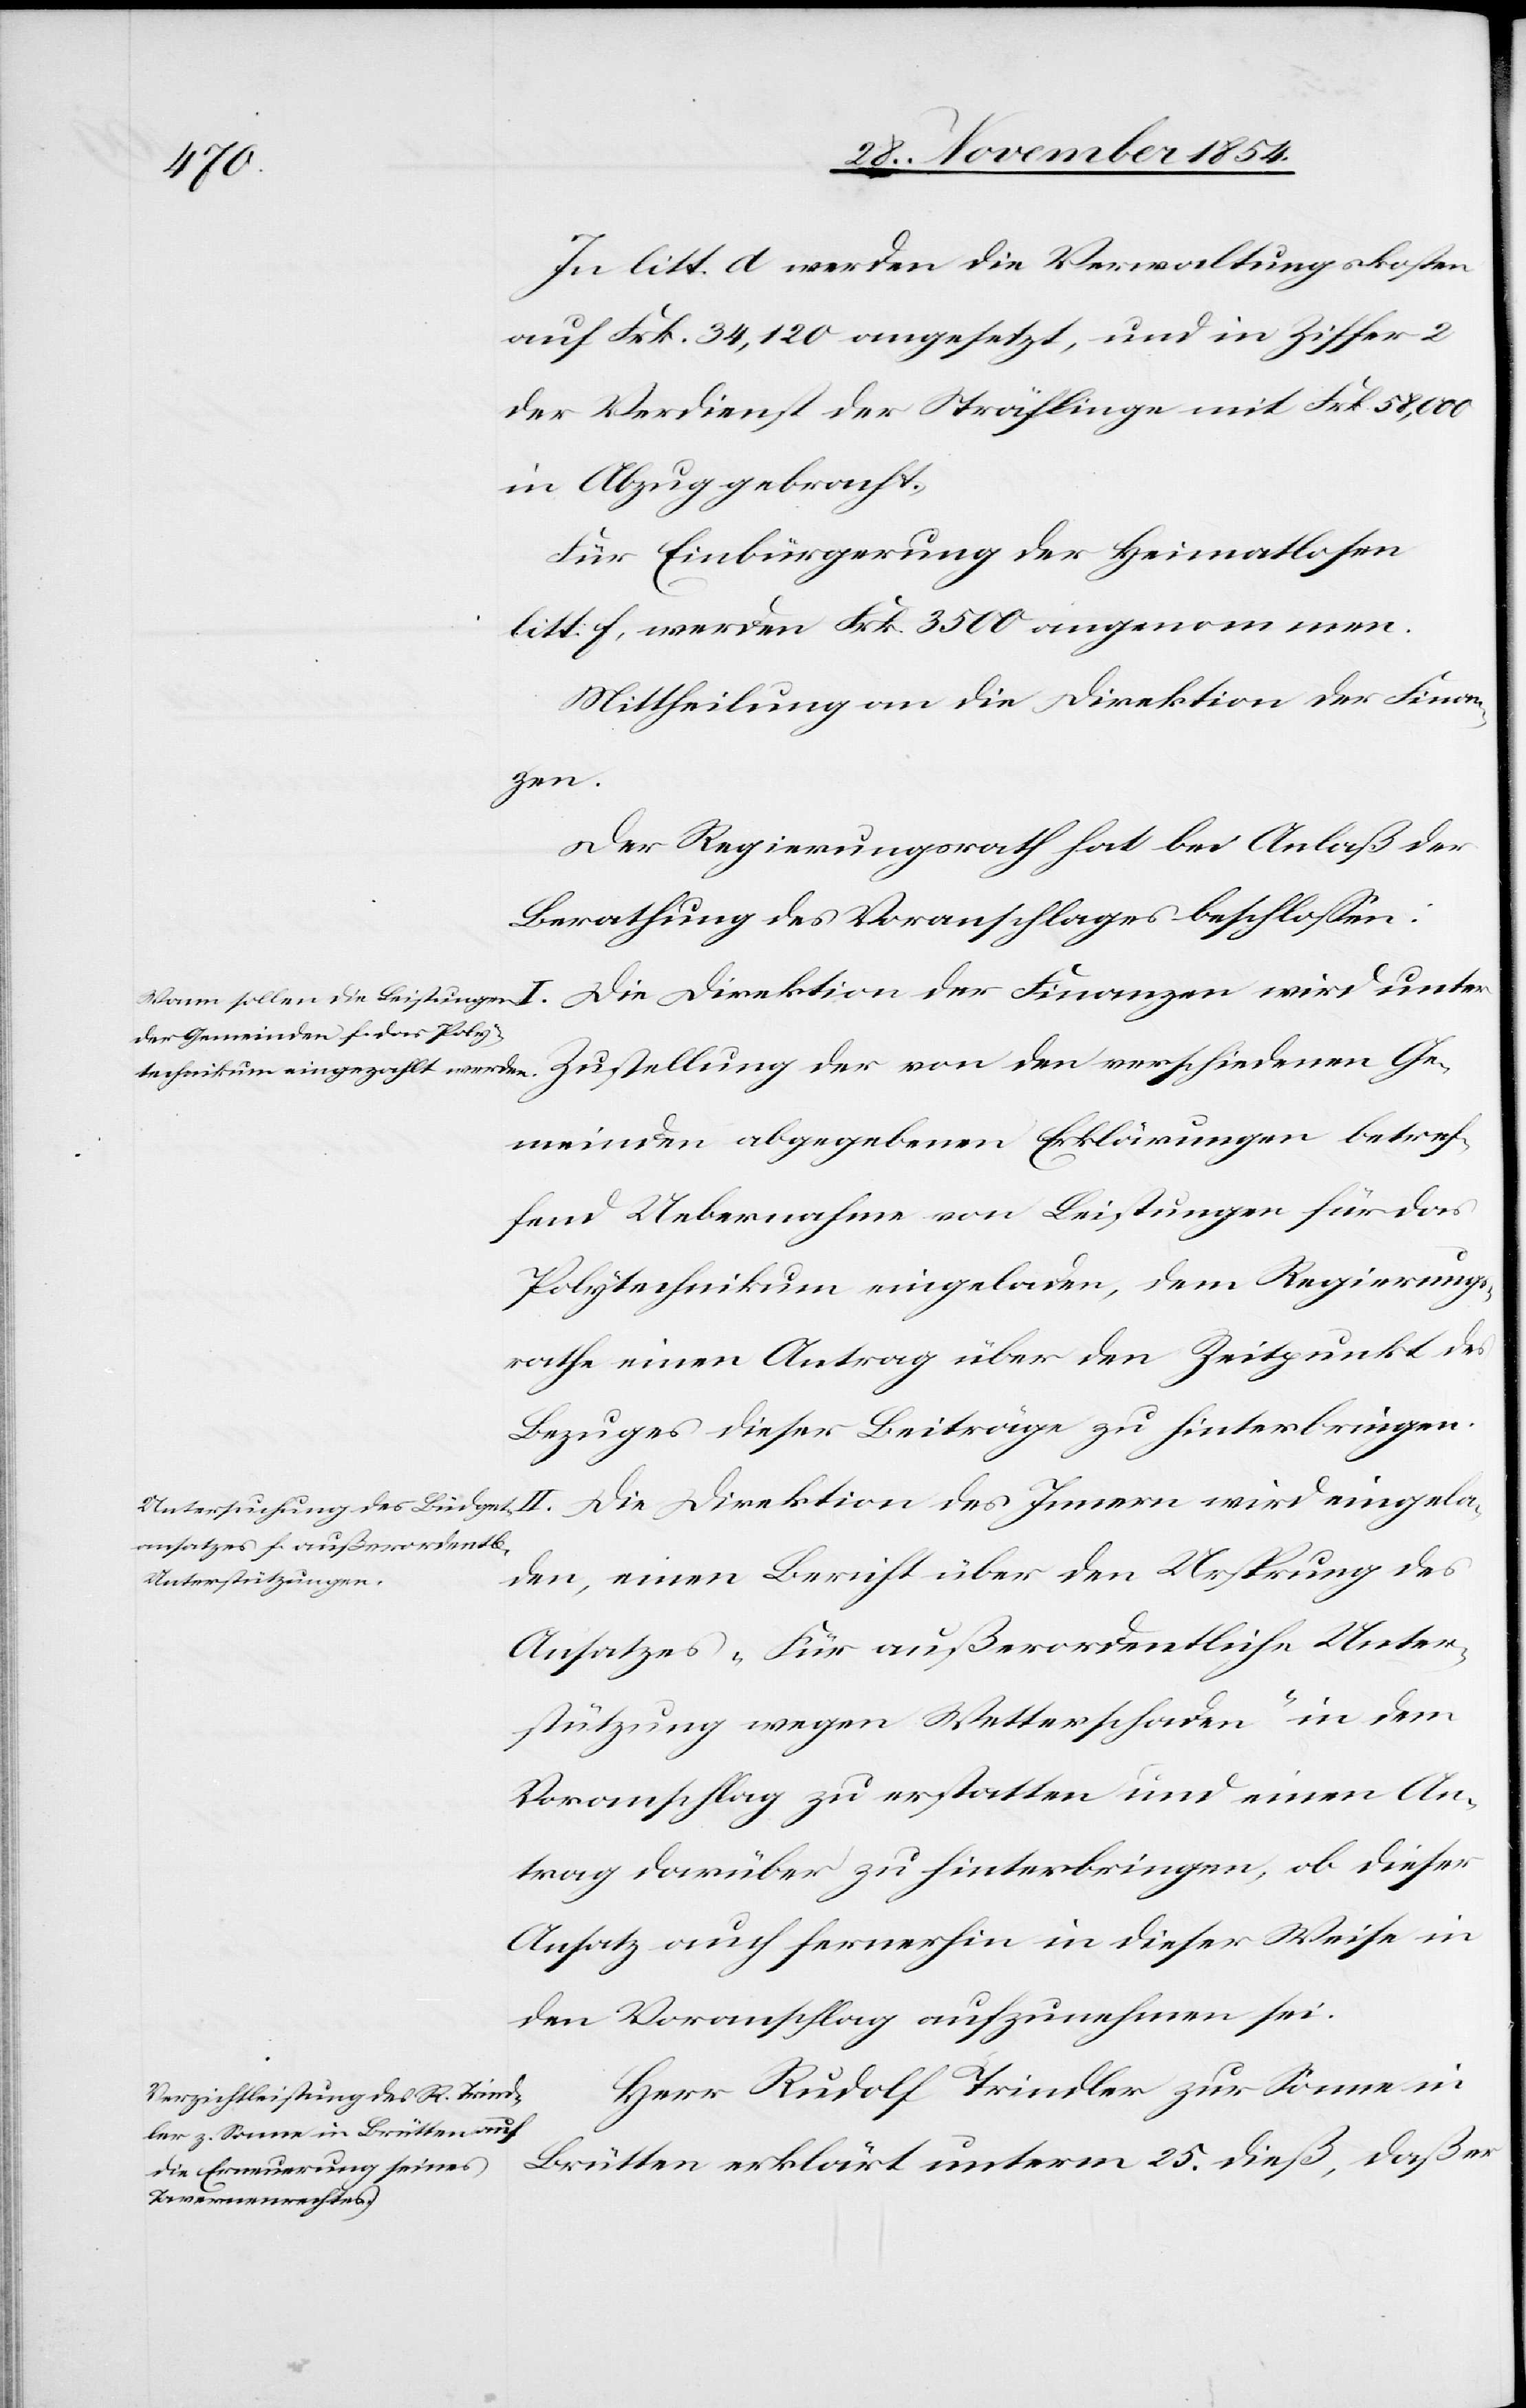
In litt. d werden die Verwaltungskosten
auf Frk. 34,120 angesetzt, und in Ziffer 2
der Verdienst der Sträflinge mit Frk. 58,000
in Abzug gebracht.
Für Einbürgerung der Heimatlosen
litt: f, werden Frk. 3500 angenommen.
Mittheilung an die Direktion der Finan¬
gela¬
Der Regierungsrath hat bei Anlaß der
Berathung des Voranschlages beschloßen:
meinden abgegebenen Erklärungen betref¬
fend Uebernahme von Leistungen für das
Polytechnikum eingeladen, dem Regierungs¬
rathe einen Antrag über den Zeitpunkt des
Bezuges dieser Beiträge zu hinterbringen.
den, einen Bericht über den Ursprung des
Ansatzes „Für außerordentliche Unter¬
stützung wegen Wetterschaden“ in dem
Voranschlag zu erstatten und einen An¬
trag darüber zu hinterbringen, ob dieser
Ansatz auch fernerhin in dieser Weise in
den Voranschlag aufzunehmen sei.
Herr Rudolf Trindler zur Sonne in
Brütten erklärt unterm 25. dieß, daß er